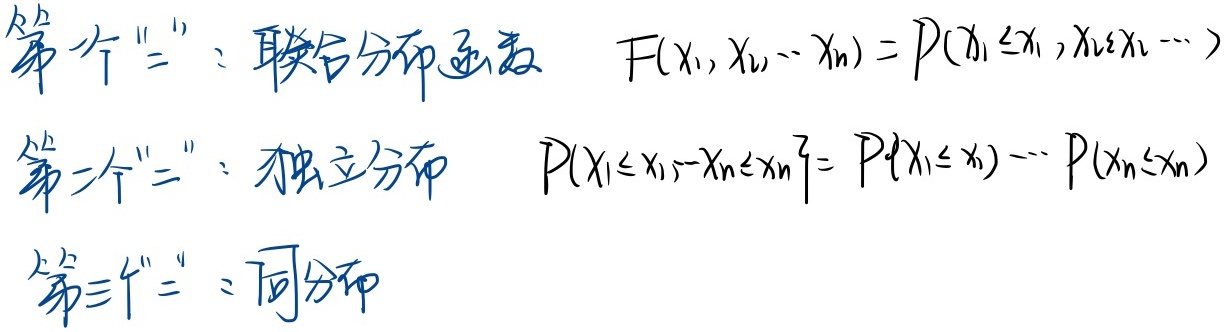
第一个“=”：联合分布函数 \(F(x_1,x_2,\cdots,x_n) = P(X_1\leq x_1,X_2\leq x_2,\cdots)\)
第二个“=”：独立分布 \(P(X_1\leq x_1,\cdots X_n\leq x_n) = P(X_1\leq x_1)\cdots P(X_n\leq x_n)\)
第三个“=”：同分布